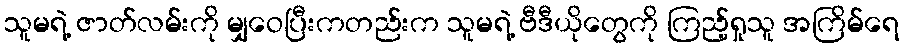
သူမရဲ့ ဇာတ်လမ်းကို မျှဝေပြီးကတည်းက သူမရဲ့ ဗီဒီယိုတွေကို ကြည့်ရှုသူ အကြိမ်ရေ